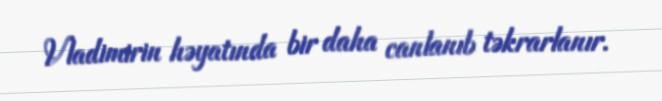
Vladimirin həyatında bir daha canlanıb təkrarlanır.